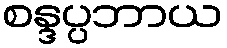
စန္ဒပ္ပဘာယ